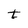
Character: t